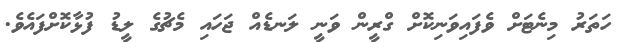
ހަތަރު މިނެޓަށް ވެފައިވަނިކޮށް ގްރީން ވަނީ ލަނޑެއް ޖަހައި މެޗުގެ ލީޑު ފުޅާކޮށްފައެވެ.